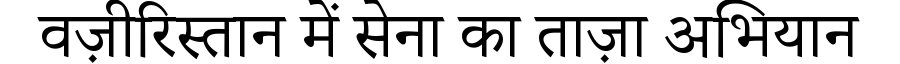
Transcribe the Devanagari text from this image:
वज़ीरिस्तान में सेना का ताज़ा अभियान